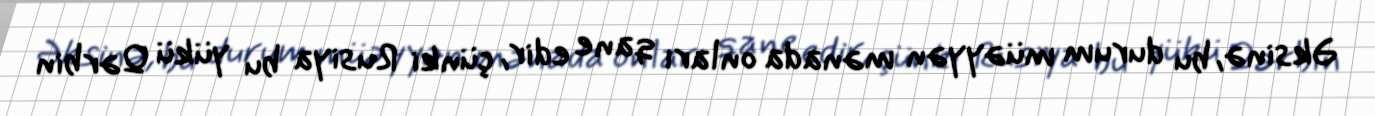
Əksinə, bu durum müəyyən mənada onları qane edir, çünki Rusiya bu yükü Qərbin